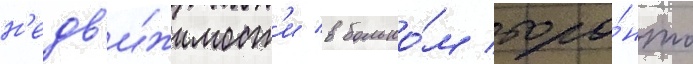
н'едв'и́жимост'и в большо́м торо́нто